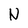
Character: N